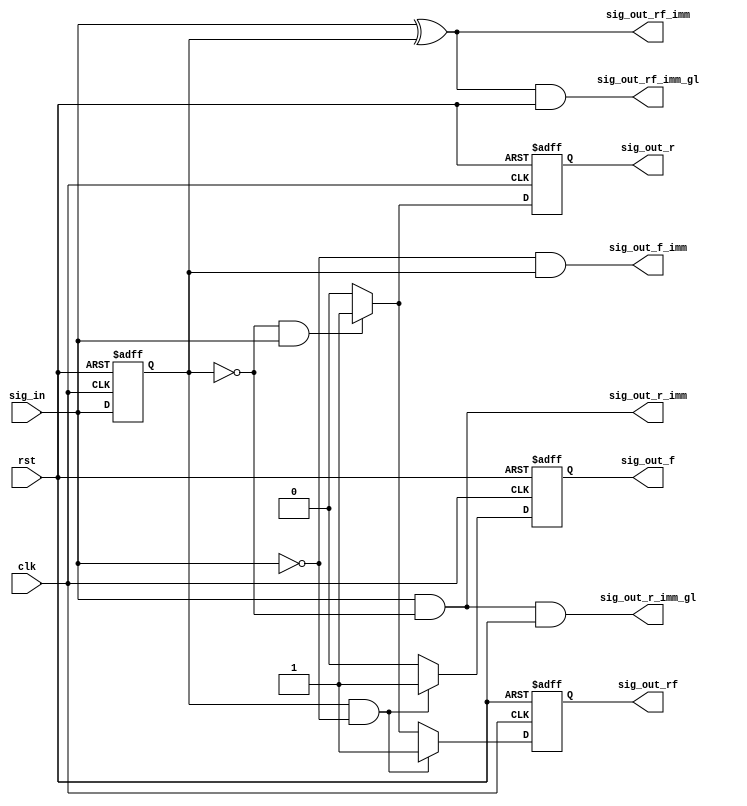
module edge_detector (
   input clk,     
   input rst,    
   input sig_in, 
   output reg sig_out_r,    
   output  reg sig_out_f,    
   output reg  sig_out_rf, 
   output sig_out_r_imm, 
   output sig_out_f_imm, 
   output sig_out_rf_imm, 
   output sig_out_r_imm_gl, 
   output sig_out_rf_imm_gl 
);

reg sig_in_delayed;

always @(posedge clk or negedge rst) begin
   if (~rst) begin
      sig_out_r <= 1'b0;
      sig_out_f <= 1'b0;
      sig_out_rf <= 1'b0;
      sig_in_delayed <= 1'b0;
   end else begin
      
      sig_out_r <= 1'b0;
      sig_out_f <= 1'b0;
      sig_out_rf <= 1'b0;

      
      sig_in_delayed <= sig_in;

     
      if ((sig_in_delayed == 1'b0) && (sig_in == 1'b1)) begin
         sig_out_r <= 1'b1;
         sig_out_rf <= 1'b1;
      end

      
      if ((sig_in_delayed == 1'b1) && (sig_in == 1'b0)) begin
         sig_out_f <= 1'b1;
         sig_out_rf <= 1'b1;
      end
   end
end


assign sig_out_r_imm = sig_in & (~sig_in_delayed);
assign sig_out_f_imm = (~sig_in) & sig_in_delayed;
assign sig_out_rf_imm = sig_in ^ sig_in_delayed;


assign sig_out_r_imm_gl = (sig_in & (~sig_in_delayed)) & rst;
assign sig_out_rf_imm_gl = ((sig_in ^ sig_in_delayed) & rst);

endmodule